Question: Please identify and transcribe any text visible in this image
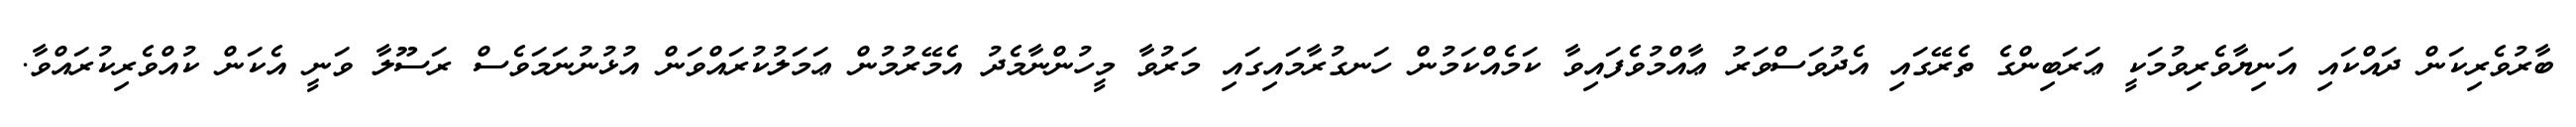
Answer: ބާރުވެރިކަން ދައްކައި އަނިޔާވެރިވުމަކީ ޢަރަބިންގެ ތެރޭގައި އެދުވަސްވަރު ޢާއްމުވެފައިވާ ކަމެއްކަމުން ހަނގުރާމައިގައި މަރުވާ މީހުންނާމެދު އެމޭރުމުން ޢަމަލުކުރައްވަން އުޅުނުނަމަވެސް ރަސޫލާ ވަނީ އެކަން ކުއްވެރިކުރައްވާ.